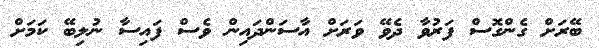
ބޭރަށް ގެންގޮސް ފަރުވާ ދެވޭ ވަރަށް އާސަންދައިން ވެސް ފައިސާ ނުލިބޭ ކަމަށް